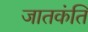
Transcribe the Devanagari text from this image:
जातकंति